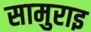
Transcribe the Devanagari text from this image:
सामुराइ